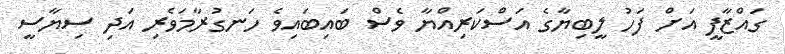
ގައްޒާފީ އަށް ފަހު ލީބިޔާގެ އަސްކަރިއްޔާ ވެސް ބައިބައިވެ ހަނގުރާމަވެރި އަދި ސިޔާސީ